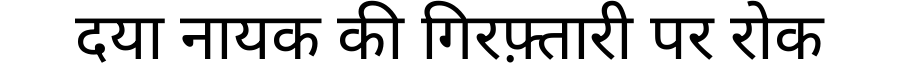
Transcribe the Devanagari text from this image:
दया नायक की गिरफ़्तारी पर रोक